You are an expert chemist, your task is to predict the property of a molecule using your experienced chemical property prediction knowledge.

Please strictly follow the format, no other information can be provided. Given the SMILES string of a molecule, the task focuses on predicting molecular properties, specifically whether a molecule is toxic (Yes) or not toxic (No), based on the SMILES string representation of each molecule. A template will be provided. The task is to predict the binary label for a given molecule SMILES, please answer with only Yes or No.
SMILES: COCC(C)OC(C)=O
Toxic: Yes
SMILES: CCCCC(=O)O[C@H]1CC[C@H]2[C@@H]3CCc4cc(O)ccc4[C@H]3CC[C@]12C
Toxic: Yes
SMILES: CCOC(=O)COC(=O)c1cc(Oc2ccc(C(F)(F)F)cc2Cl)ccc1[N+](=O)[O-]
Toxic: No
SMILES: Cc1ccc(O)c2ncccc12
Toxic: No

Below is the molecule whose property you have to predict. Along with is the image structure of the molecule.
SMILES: C[NH+](C)CCC(c1ccccc1)c1cccc[nH+]1
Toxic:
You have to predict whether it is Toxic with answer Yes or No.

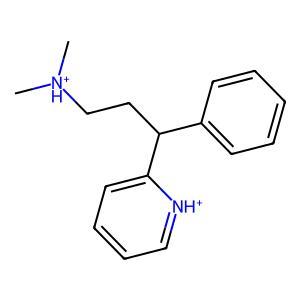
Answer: No